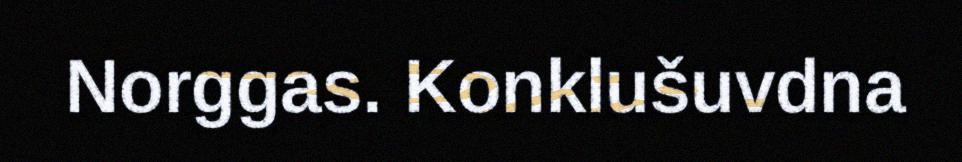
Norggas. Konklušuvdna